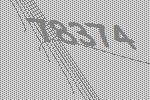
78374